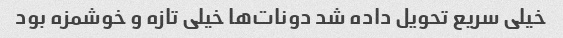
خیلی سریع تحویل داده شد دونات‌ها خیلی تازه و خوشمزه بود